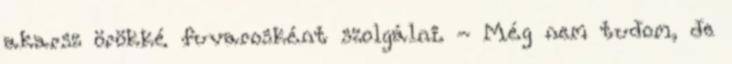
akarsz örökké fuvarosként szolgálni. - Még nem tudom, de